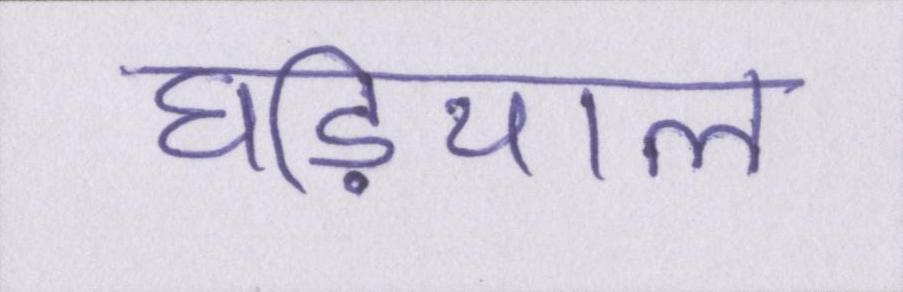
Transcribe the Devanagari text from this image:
घडि़याल